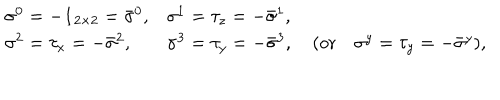
LaTeX: \begin{array} { l l } { { \sigma ^ { 0 } = - { \bf 1 } _ { 2 \times 2 } = { \bar { \sigma } } ^ { 0 } , } } & { { \sigma ^ { 1 } = \tau _ { z } = - { \bar { \sigma } } ^ { 1 } , } } \\ { { \sigma ^ { 2 } = \tau _ { x } = - { \bar { \sigma } } ^ { 2 } , } } & { { \sigma ^ { 3 } = \tau _ { y } = - { \bar { \sigma } } ^ { 3 } , \quad ( \mathrm { o r } \quad \sigma ^ { y } = \tau _ { y } = - { \bar { \sigma } } ^ { y } ) , } } \\ \end{array}